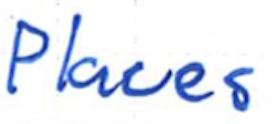
Text: Places
Cross-out: clean
Writing tool: ballpoint